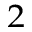
^ 2